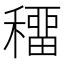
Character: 𥢋